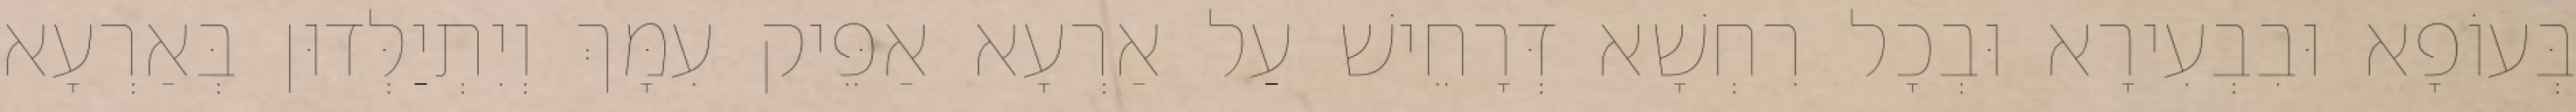
בְּעוֹפָא וּבִבְעִירָא וּבְכָל רִחְשָׁא דְּרָחֵישׁ עַל אַרְעָא אַפֵּיק עִמָּךְ וְיִתְיַלְּדוּן בְּאַרְעָא